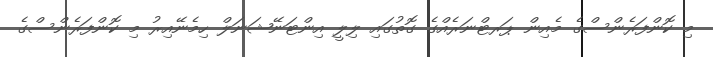
މި ކޮންފަރެންސްގެ މެއިން ޕަރޓްނަރެއްގެ ގޮތުގައި ލިލީ އިންޓަނޭޝަނަލް ހިމެނޭއިރު މި ކޮންފަރެންސްގެ